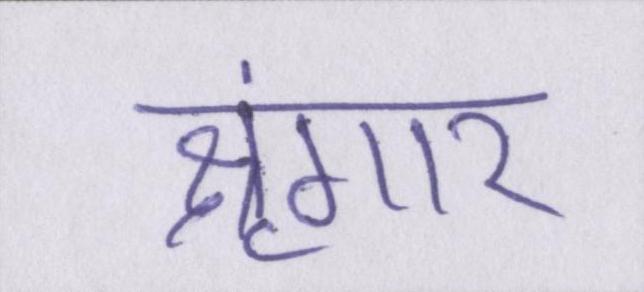
श्रृंगार